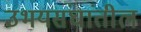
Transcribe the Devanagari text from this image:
उभयसंघांतील